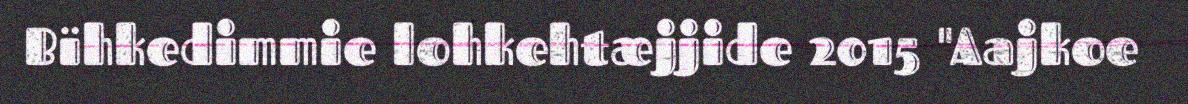
Bïhkedimmie lohkehtæjjide 2015 "Aajkoe